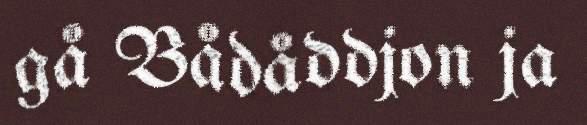
gå Bådåddjon ja